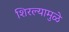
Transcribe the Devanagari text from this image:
शिरल्यामुळे